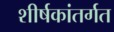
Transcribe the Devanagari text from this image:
शीर्षकांतर्गत